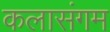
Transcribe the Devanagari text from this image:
कलासंगम